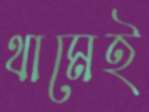
থামেই